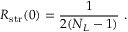
R _ { \mathrm { s t r } } ( 0 ) = { \frac { 1 } { 2 ( N _ { L } - 1 ) } } \ .